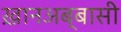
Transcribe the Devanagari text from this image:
ख़ानअब्बासी